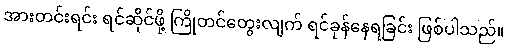
အားတင်းရင်း ရင်ဆိုင်ဖို့ ကြိုတင်တွေးလျက် ရင်ခုန်နေရခြင်း ဖြစ်ပါသည်။